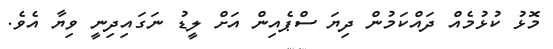
މޮޅު ކުޅުމެއް ދައްކަމުން ދިޔަ ސްޕެއިން އަށް ލީޑު ނަގައިދިނީ ވިޔާ އެވެ.